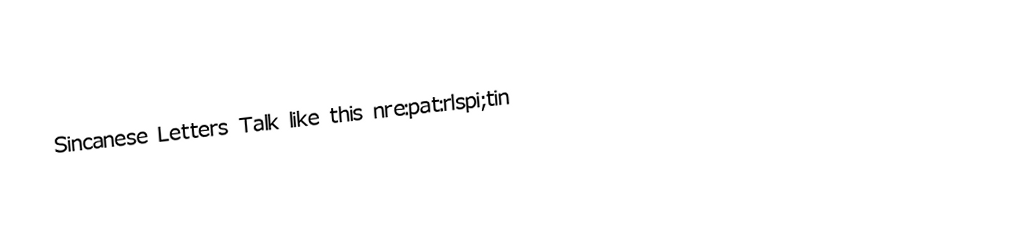
Sincanese Letters Talk like this nre:pat:rlspi;tin